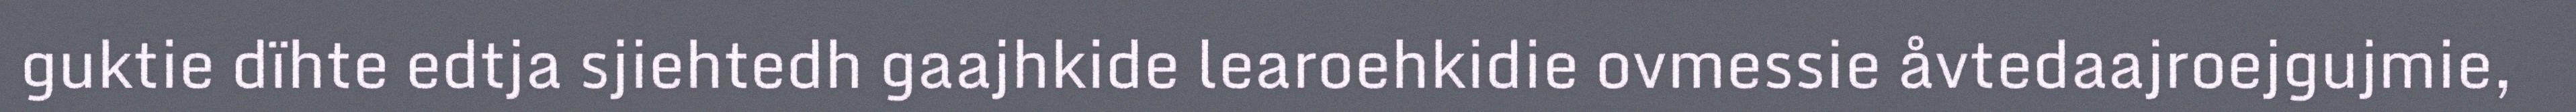
guktie dïhte edtja sjiehtedh gaajhkide learoehkidie ovmessie åvtedaajroejgujmie,